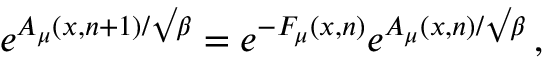
e ^ { A _ { \mu } ( x , n + 1 ) / \surd \beta } = e ^ { - F _ { \mu } ( x , n ) } e ^ { A _ { \mu } ( x , n ) / \surd \beta } \, ,